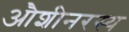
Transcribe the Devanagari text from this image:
औशीनरस्य